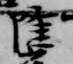
隆